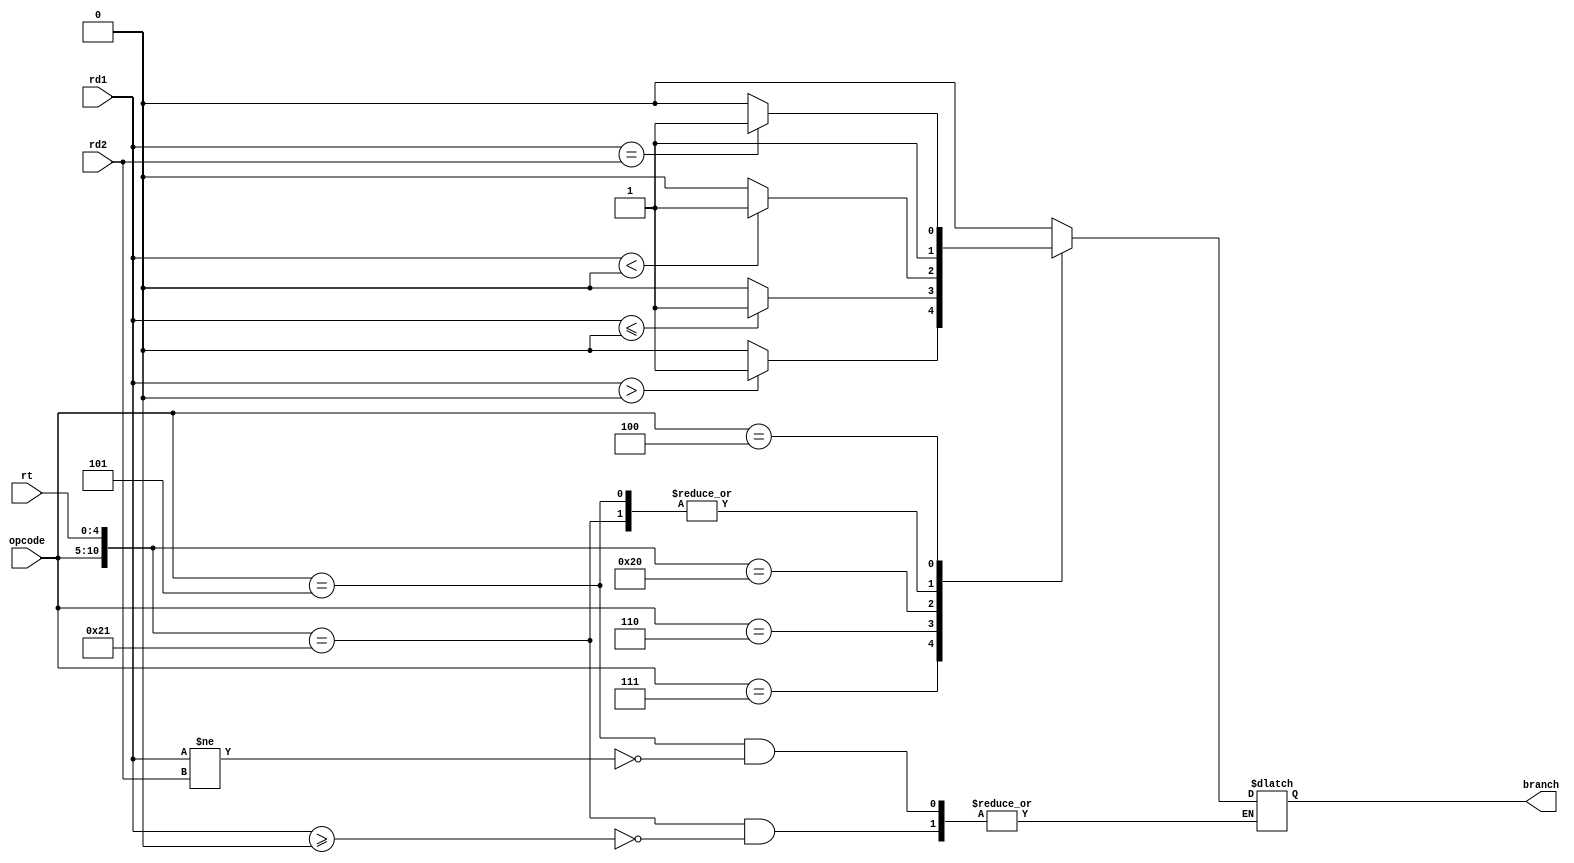
`timescale 1ns / 1ps
//////////////////////////////////////////////////////////////////////////////////
// Company: 
// Engineer: 
// 
// Design Name: 
// Module Name: Comparator
// Project Name: 
// Target Devices: 
// Tool Versions: 
// Description: 
// 
// Dependencies: 
// 
// Revision:
// Revision 0.01 - File Created
// Additional Comments:
// 
//////////////////////////////////////////////////////////////////////////////////

module Comparator(opcode, rt, rd1, rd2, branch);

    input [31:0] rd1, rd2;
    input [5:0] opcode;
    input [4:0] rt;
    output reg branch;
    
    wire [10:0] ID;
    assign ID = {opcode, rt};
    
    initial 
    begin
        branch <= 0;
    end
    
    always @(*) 
    begin
        casex (ID)
            11'b000111xxxxx: 
            begin // bgtz
                if (rd1 > 0) 
                begin
                    branch <= 1'b1;
                end
                else
                begin
                    branch <= 1'b0;
                end
            end
            11'b000110xxxxx: 
            begin // blez
                if (rd1 <= 0) 
                begin
                    branch <= 1'b1;
                end
                else
                begin
                    branch <= 1'b0;
                end
            end
            11'b00000100000: 
            begin //bltz
                if (rd1 < 0) 
                begin
                    branch <= 1'b1;
                end
                else
                begin
                    branch <= 1'b0;
                end
            end
            11'b00000100001: 
            begin //bgez
                if (rd1 >= 0) 
                begin
                    branch <= 1;
                end
            end
            11'b000101xxxxx: 
            begin // bne
                if (rd1 != rd2) 
                begin
                    branch <= 1;
                end
            end
            11'b000100xxxxx: 
            begin // beq
                if (rd1 == rd2) 
                begin
                    branch <= 1'b1;
                end
                else
                begin
                    branch <= 1'b0;
                end
            end
            default:
            begin
                branch <= 1'b0;
            end
        endcase
        
    end

endmodule